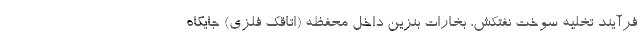
فرآیند تخلیه سوخت نفتکش، بخارات بنزین داخل محفظه (اتاقک فلزی) جایگاه